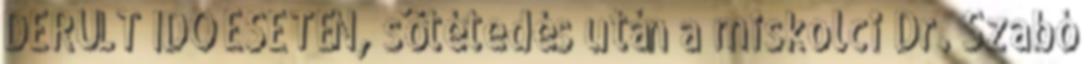
DERÜLT IDŐ ESETÉN, sötétedés után a miskolci Dr. Szabó